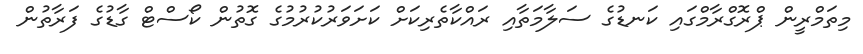
މިތަމްރީން ޕްރޮގްރާމްގައި ކަނޑުގެ ސަލާމަތާއި ރައްކާތެރިކަށް ކަށަވަރުކުރުމުގެ ގޮތުން ކޯސްޓް ގާޑުގެ ފަރާތުން